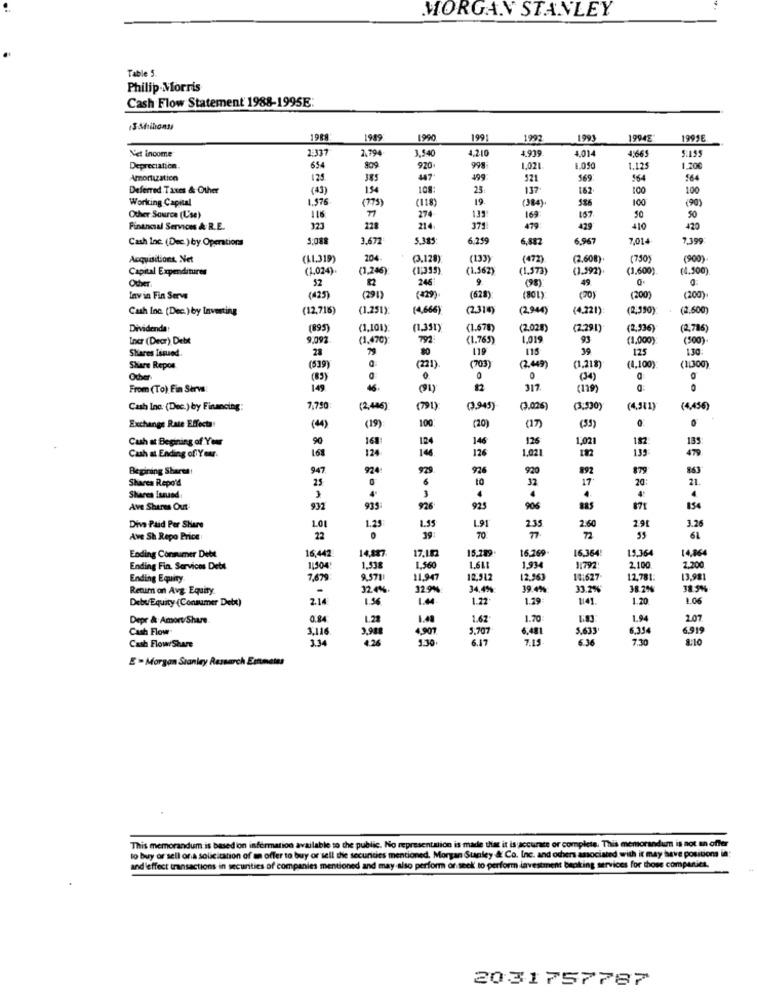
MORGAN STANLEY
Table 5
Philip Morris
Cash Flow Statement 1988-1995E:
13 Milions
19RA
1989
1990
1991
1993
19942
1999
2:337
2.79
3,540
4,210
4,014
Net income
4.939
4.665
5.199
Depreciation.
634
809
920
998
1,021
1.12
1.20€
Amortization
125.
385
47
499
521
569
564
Deferred Taxes & Other
(43)
154
108
25
137
162
100
100
Working Capital
.976
775)
118)
19.
(384).
100
(90)
Other Source (L'se)
116
274
135
169
157
90
50
Financial Services & R.E.
323
228
214
371
479
429
410
420
Cash Inc. (Dec.) by Operations
5,088
3.672
5.385
6.259
6,882
6.967
7,01
7.399
Acquisitions. Net
(11.319)
204
(3,128)
(133)
(472)
(2.608).
(790)
(900)
Capital Expenditures
(1,024).
(1,246)
(1)315)
(1.562)
(1.573)
(1.600)
(4.500)
52
246
9.
Other.
(98)
49
Lavin Fin Serve
(425]
(291)
(628
(301)
(70)
(200)
(200).
Cash Inc. (Dec.) by Investing
(12,716)
(1.251)
(4,666)
(2319)
(294)
(4.221):
(2,390)
(2.500)
Dividenda
(895)
(1,101):
(1,351)
(1.678)
(2.02)
(2.291)
(2,536)
(2,786)
Incr (Decr) Diebst
9,092
(1.470)
(1.765)
1,019
93
(1.000)
(500)
Shares Issued
28
79
119
115
39
125
130:
Share Repos
(539
(221)
(703)
(24)
(1,218)
(4,100)
(11300)
Other
(85)
0
(34)
From (To) Fin Serve!
149
46.
(@1)
317
0
Cash Inc. (Dec.) by Financing:
7,790
(2,486)
(791)
(9.945)
(0.026)
(3:330)
(4,311)
(4,456)
100
Exchange Rate Effects
(4)
(19)
(20)
(17)
(53)
Cush at Begining of Your
90
161
124
146
126
1,021
182
135
168
124
146
126
1.021
182
139
479
Cash at Ending of Your.
Begining Shares
947
929
926
920
892
879
863
Sharea Repo'd
25
6
10
32
17
20:
21.
Shares Issued
.
.
.
.
Ave Shares Out
932
935:
926
925
906
871
154
1.95
1.91
2.35
2.60
2.91
3.26
Diva Paid Per Share
101
1.25
Ave Sh Repo Price
22
39:
70.
72
55
61
16,442
17.182
15,289
16.269
16,364
15,364
14.064
Ending Connumer Debt
14,887
Ending Fin. Services Dets
1,504
1,338
1,560
1,934
11792
2,10
2.200
Ending Equity
7,679
9571
11,94
12,912
2,563
18:627
12,781
13,98
Return on Avg: Equity.
-
32 9%
34,4%
39.4%:
33.2%
38.2%
38.5%
DebufEquity (Consumer Detx)
2.14
1.56
1.22
1.29
1141.
1.20
1.06
Depr & Amort/Share
0.84
1.28
1.40
1.62
1.70
1.94
2.07
Cash Flow
3,116
4,90
5.707
6.481
5.633
6.354
6.91
3.34
3,988
1:10
6.17
6.36
7.30
8:10
Cash Flow/Share
E - Morgan Stanley Research Emmetas
This memorandum is based on information available to the public. No representation is made that it is accurate or complete. This memorandum is not an offer
to buy or sell on a solicitation of an offer to buy or sell the secuncies mentioned. Morgan Stanley & Co. Inc. and others associated with it may have positions in:
and effect transactions in securities of companies mentioned and may also perform or seek to perform investment banking services for those companies.
2031757787